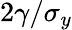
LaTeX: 2\gamma/\sigma_{y}